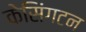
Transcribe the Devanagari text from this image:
केसिंगटन